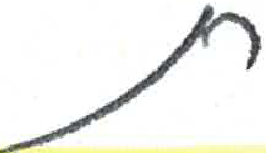
אות: ת